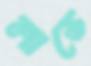
লাভে